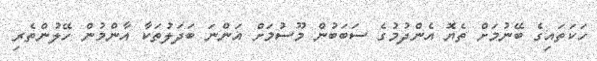
ހަކަތައިގެ ބޭނުމަށް ތެޔޮ އެންދުމުގެ ސަބަބުން މޫސުމަށް އަންނަ ބަދަލުތަކާ އާންމުން ހޭލުންތެރި